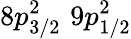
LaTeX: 8p_{3/2}^{2}\, \, 9p_{1/2}^{2}